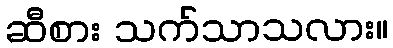
ဆီစား သက်သာသလား။